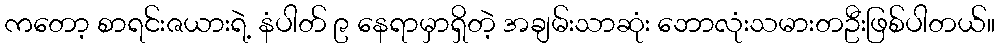
ကတော့ စာရင်းဇယားရဲ့ နံပါတ် ၉ နေရာမှာရှိတဲ့ အချမ်းသာဆုံး ဘောလုံးသမားတဦးဖြစ်ပါတယ်။